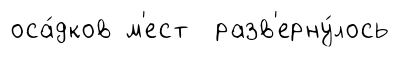
оса́дков м'ест разв'ерну́лось